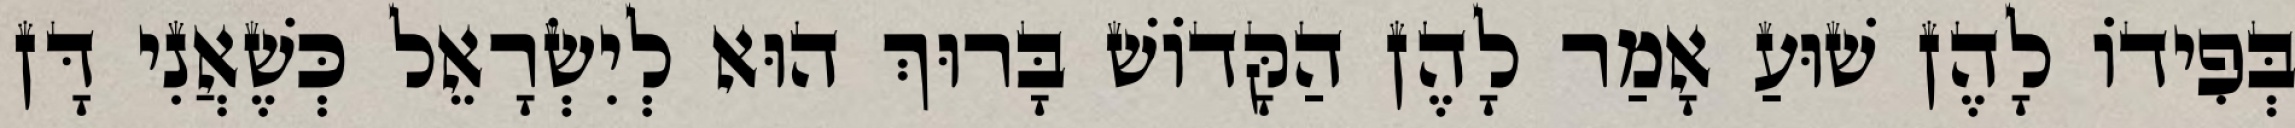
בְּפִידוֹ לָהֶן שׁוּעַ אָמַר לָהֶן הַקָּדוֹשׁ בָּרוּךְ הוּא לְיִשְׂרָאֵל כְּשֶׁאֲנִי דָּן